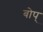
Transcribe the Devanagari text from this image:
बोप्